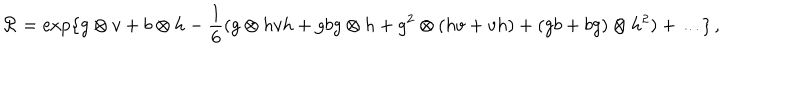
{ \cal R } = \mathrm { e x p } \{ g \otimes v + b \otimes h - \frac { 1 } { 6 } ( g \otimes h v h + g b g \otimes h + g ^ { 2 } \otimes ( h v + v h ) + ( g b + b g ) \otimes h ^ { 2 } ) + \ldots \} \, ,